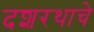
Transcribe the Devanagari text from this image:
दशरथाचे